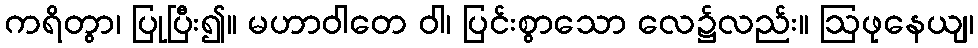
ကရိတွာ၊ ပြုပြီး၍။ မဟာဝါတေ ဝါ၊ ပြင်းစွာသော လေ၌လည်း။ ဩဖုနေယျ၊